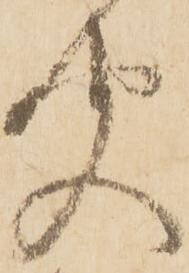
聞